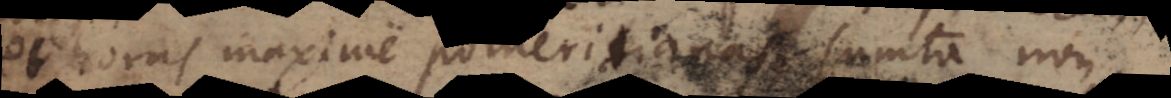
et horas maxime pomeridianas, sumta non